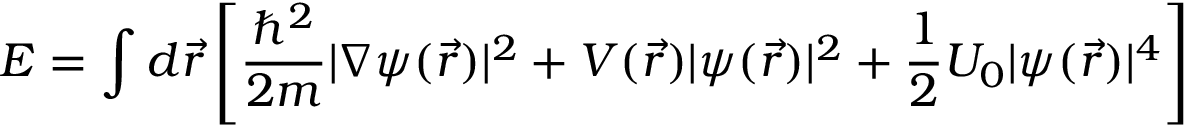
E = \int d { \vec { r } } \left[ { \frac { \hbar ^ { 2 } } { 2 m } } | \nabla \psi ( { \vec { r } } ) | ^ { 2 } + V ( { \vec { r } } ) | \psi ( { \vec { r } } ) | ^ { 2 } + { \frac { 1 } { 2 } } U _ { 0 } | \psi ( { \vec { r } } ) | ^ { 4 } \right]